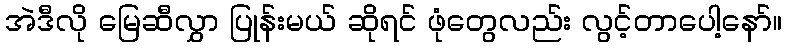
အဲဒီလို မြေဆီလွှာ ပြုန်းမယ် ဆိုရင် ဖုံတွေလည်း လွင့်တာပေါ့နော်။